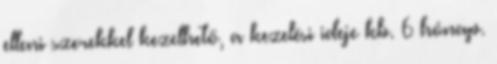
elleni szerekkel kezelhető, a kezelési ideje kb. 6 hónap.